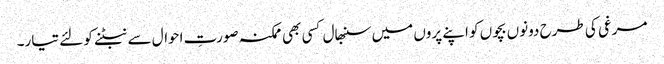
مرغی کی طرح دونوں بچوں کو اپنے پروں میں سنبھال کسی بھی ممکنہ صورتِ احوال سے نبٹنے کو لئے تیار۔